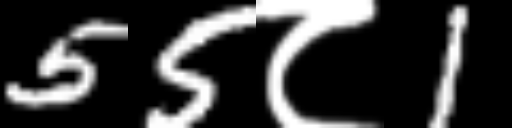
Text: 55८1